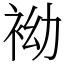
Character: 袎